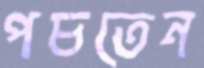
পচতেন